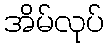
အိမ်လုပ်